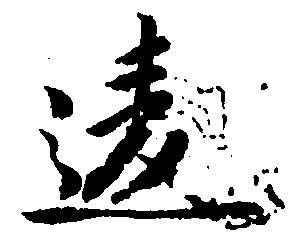
違